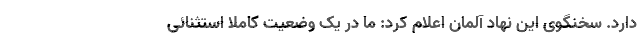
دارد. سخنگوی این نهاد آلمان اعلام کرد: ما در یک وضعیت کاملا استثنائی